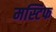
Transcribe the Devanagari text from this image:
मस्टिफ